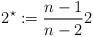
\begin{align*}2^{\star} := \frac{n-1}{n-2}2\end{align*}